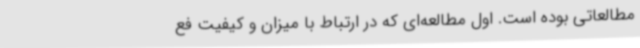
مطالعاتی بوده است. اول مطالعه‌ای که در ارتباط با میزان و کیفیت فع